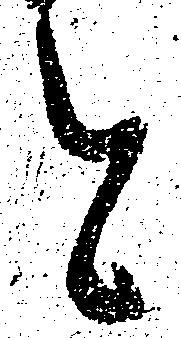
と